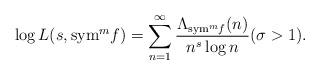
LaTeX: \begin{align*}\log L(s,{\rm sym}^m f)=\sum_{n=1}^{\infty} \frac{\Lambda_{{\rm sym}^m f}(n)}{n^s\log n} (\sigma>1).\end{align*}